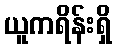
ယူကရိန်းရှိ